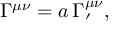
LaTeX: \Gamma ^ { \mu \nu } = a \, \Gamma _ { \prime } ^ { \mu \nu } ,